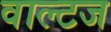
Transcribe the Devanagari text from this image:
वाल्टज